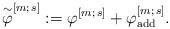
LaTeX: \begin{align*}\overset{\sim}{\varphi}^{[m;\,s]} := \varphi^{[m;\,s]}+\varphi^{[m;\,s]}_{\rm add}.\end{align*}